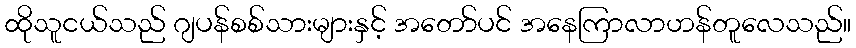
ထိုသူငယ်သည် ဂျပန်စစ်သားများနှင့် အတော်ပင် အနေကြာလာဟန်တူလေသည်။